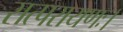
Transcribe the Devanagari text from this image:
सत्परायणः।